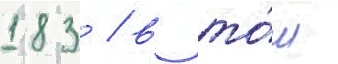
183 / в то́м